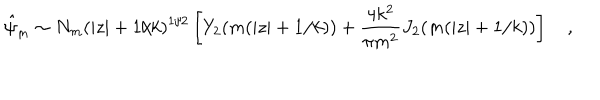
LaTeX: \hat { \psi } _ { m } \sim N _ { m } ( | z | + 1 / k ) ^ { 1 / 2 } \left[ Y _ { 2 } ( m ( | z | + 1 / k ) ) + { \frac { 4 k ^ { 2 } } { \pi m ^ { 2 } } } J _ { 2 } ( m ( | z | + 1 / k ) ) \right] \quad ,